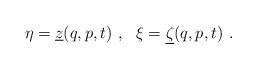
LaTeX: \begin{align*}\eta=\underline z(q,p,t) \ , \ \ \xi=\underline \zeta(q,p,t) \ .\end{align*}